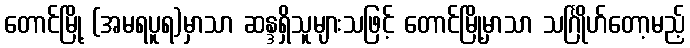
တောင်မြို့ (အမရပူရ)မှာသာ ဆန္ဒရှိသူများသဖြင့် တောင်မြို့မှာသာ သင်္ဂြိုဟ်တော့မည့်